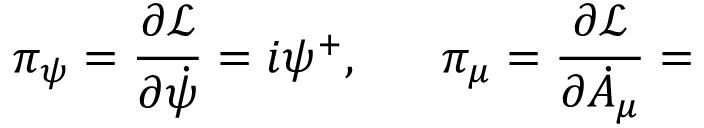
\pi _ { \psi } = \frac { \partial \mathcal { L } } { \partial \dot { \psi } } = i \psi ^ { + } , \, \, \ \ \ \ \pi _ { \mu } = \frac { \partial \mathcal { L } } { \partial \dot { A } _ { \mu } } =